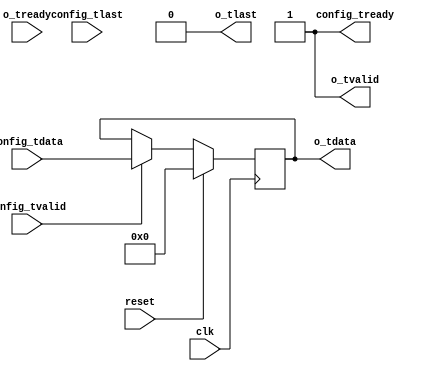
//
// Copyright 2014 Ettus Research LLC
// Copyright 2018 Ettus Research, a National Instruments Company
//
// SPDX-License-Identifier: LGPL-3.0-or-later
//

module const
  #(parameter WIDTH=32)
   (input clk, input reset,
    input [WIDTH-1:0] config_tdata, input config_tlast, input config_tvalid, output config_tready,
    output [WIDTH-1:0] o_tdata, output o_tlast, output o_tvalid, input o_tready);

   reg [WIDTH-1:0]     const_val;

   always @(posedge clk)
     if(reset)
       const_val <= 0;
     else
       if(config_tvalid & config_tready)
	 const_val <= config_tdata;

   assign config_tready = 1'b1;
   // FIXME do we want to sync constant change to tlasts?
   
   assign o_tdata = const_val;
   assign o_tlast = 1'b0; // FIXME do we want something else here?
   assign o_tvalid = 1'b1; // caution -- will fill up a fifo
   
endmodule // const